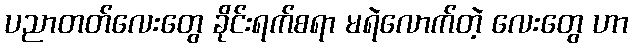
ပညာတတ်လေးတွေ ခိုင်းရက်စရာ မရဲလောက်တဲ့ လေးတွေ ဟာ